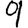
Digit: 9